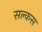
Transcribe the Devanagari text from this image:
सल्कस